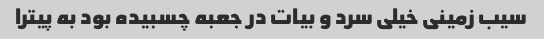
سیب زمینی خیلی سرد و بیات در جعبه چسبیده بود به پیترا